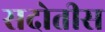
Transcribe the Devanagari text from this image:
सदोतीस